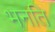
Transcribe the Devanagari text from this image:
भनति